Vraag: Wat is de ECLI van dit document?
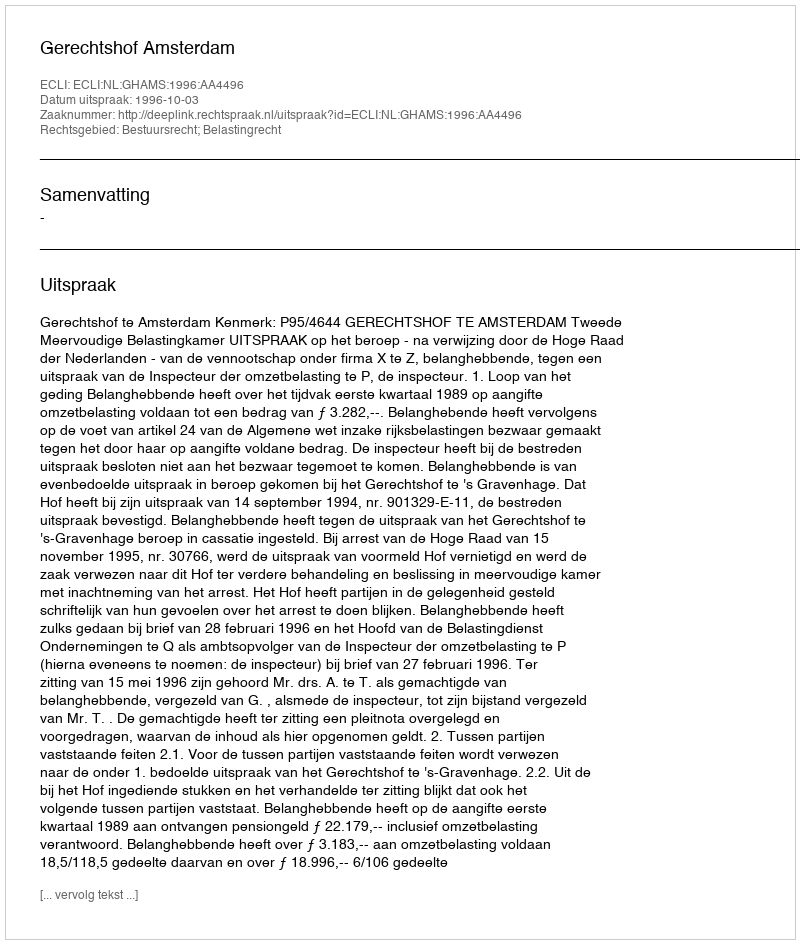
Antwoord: ECLI:NL:GHAMS:1996:AA4496